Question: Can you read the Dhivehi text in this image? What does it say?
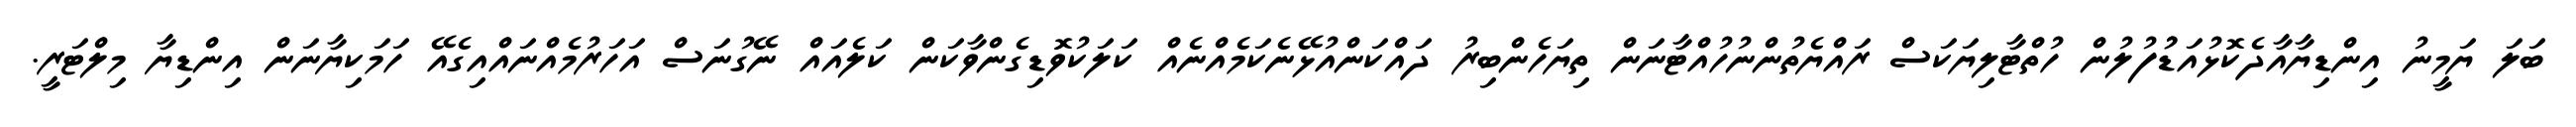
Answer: ބަލަ ޔަމީނު އިންޑިޔާއާދެކޮޅުއަޑުުފުލުން ހުތްޓާލިޔަކަސް ރައްޔެތުންނުހުއްޓާނަން ތިޔަހެންބިރު ދައްކަންއުޅޭނެކަމެއްނެއް ކަލަކުވޮޑިގެންވާކަން ކަލެއައް ނޭގުނަސް އަހަރުމެއްނައްއިގެއޭ ހަމަކިޔާނަން އިންޑިޔާ މިލްޓަރީ.